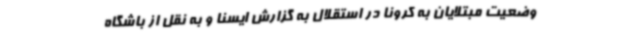
وضعیت مبتلایان به کرونا در استقلال به گزارش ایسنا و به نقل از باشگاه